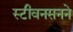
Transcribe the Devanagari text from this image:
स्टीवनसनने